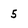
Character: 5